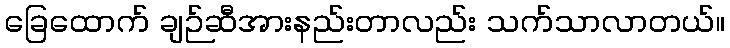
ခြေထောက် ချဉ်ဆီအားနည်းတာလည်း သက်သာလာတယ်။